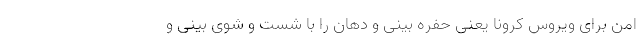
امن برای ویروس کرونا یعنی حفره بینی و دهان را با شست و شوی بینی و